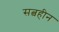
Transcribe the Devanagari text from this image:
सत्वहीन